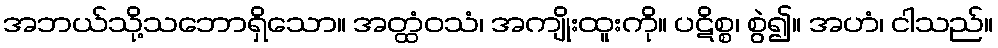
အဘယ်သို့သဘောရှိသော။ အတ္ထံဝသံ၊ အကျိုးထူးကို။ ပဋိစ္စ၊ စွဲ၍။ အဟံ၊ ငါသည်။